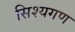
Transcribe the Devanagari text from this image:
सिश्यगण